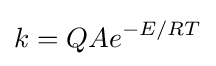
k=QAe^{-E/RT}